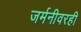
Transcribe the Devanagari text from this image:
जर्मनीवरही